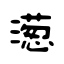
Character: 濍